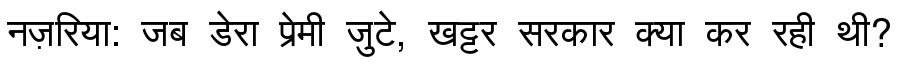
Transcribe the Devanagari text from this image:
नज़रिया: जब डेरा प्रेमी जुटे, खट्टर सरकार क्या कर रही थी?